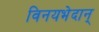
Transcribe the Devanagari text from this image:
विनयभेदान्